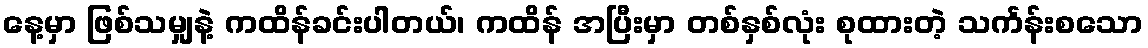
နေ့မှာ ဖြစ်သမျှနဲ့ ကထိန်ခင်းပါတယ်၊ ကထိန် အပြီးမှာ တစ်နှစ်လုံး စုထားတဲ့ သင်္ကန်းစသော